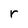
Character: r